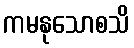
ကမနုသောစသိ